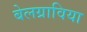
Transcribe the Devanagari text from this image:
बेलग्राविया